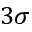
3 \sigma